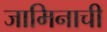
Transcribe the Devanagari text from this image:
जामिनाची